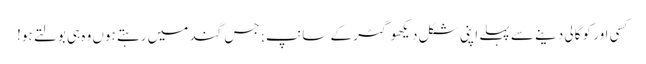
کسی اور کو گالی دینے سے پہلے اپنی شکل دیکھو گٹر کے سانپ; جس گند میں رہتے ہوں وہ ہی بولتے ہو!